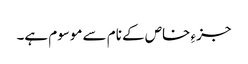
جزءِ خاص کے نام سے موسوم ہے۔